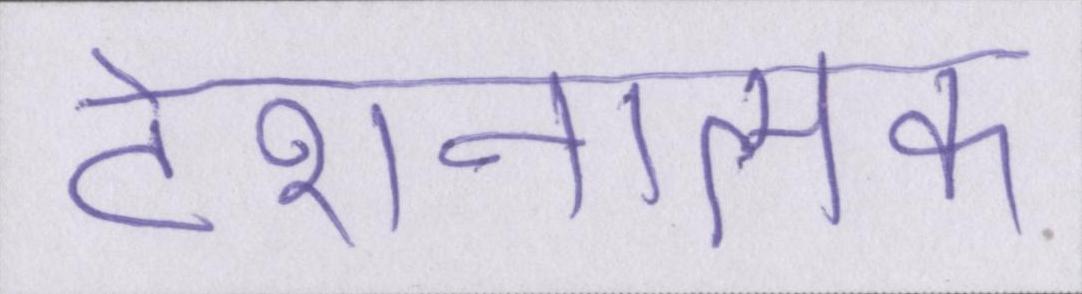
टेंशनात्मक